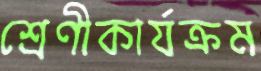
শ্রেণীকার্যক্রম